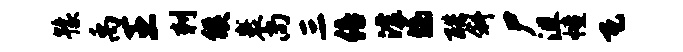
豫禹王刺候裹尚三倍滹滴酷斜尸沮幢瓦